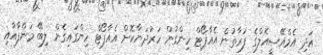
އަދި އެމްއޭސީއެލްގެ ފަރާތުން އެއާޕޯޓް ހިންގުން ހަރުދަނާކޮށް އެއާޕޯޓް ހިންގައިގެން ލިބޭ މަންފާއާއި